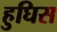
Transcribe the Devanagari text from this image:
हुघिस